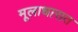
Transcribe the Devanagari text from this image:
मूलाधारात